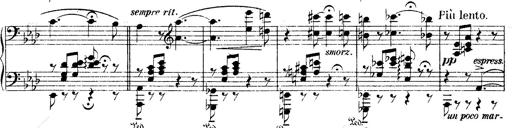
Title: O du mein holder Abendstern
Composer: Franz Liszt